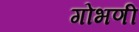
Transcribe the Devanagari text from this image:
गोभणी